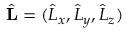
\hat { \bf L } = ( \hat { L } _ { x } , \hat { L } _ { y } , \hat { L } _ { z } )